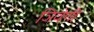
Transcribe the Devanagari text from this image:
ञिवेणी